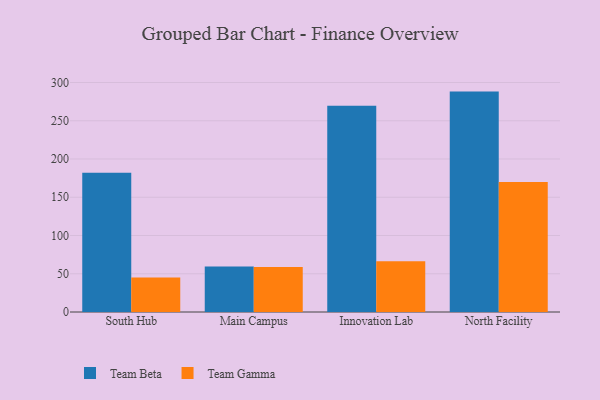
{"axis": {"x": "Campus", "y": "Headcount"}, "legend": ["Team Beta", "Team Gamma"], "data": [{"x": "South Hub", "y": 182.0, "type": "Team Beta"}, {"x": "South Hub", "y": 45.1, "type": "Team Gamma"}, {"x": "Main Campus", "y": 59.6, "type": "Team Beta"}, {"x": "Main Campus", "y": 58.9, "type": "Team Gamma"}, {"x": "Innovation Lab", "y": 269.7, "type": "Team Beta"}, {"x": "Innovation Lab", "y": 66.2, "type": "Team Gamma"}, {"x": "North Facility", "y": 288.1, "type": "Team Beta"}, {"x": "North Facility", "y": 169.9, "type": "Team Gamma"}]}